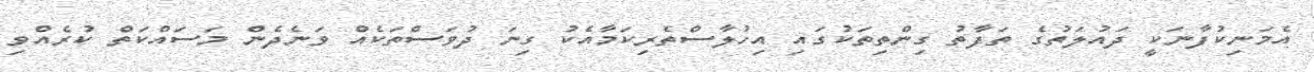
އެމަނިކުފާނަކީ ދައުލަތުގެ ތަފާތު ގިންތިތަކުގައި އިހުލާސްތެރިކަމާއެކު ގިނަ ދުވަސްތަކެއް ވަނެދެން މަސައްކަތް ކުރެއްވި